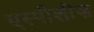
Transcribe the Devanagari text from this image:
एस्पीशीज़